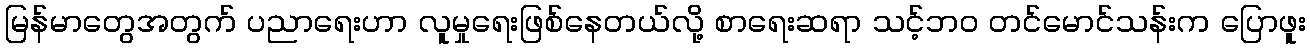
မြန်မာတွေအတွက် ပညာရေးဟာ လူမှုရေးဖြစ်နေတယ်လို့ စာရေးဆရာ သင့်ဘဝ တင်မောင်သန်းက ပြောဖူး